Report of the Indian Hemp Drugs Commission, 1894-1895 - Volume V
Year: 1894
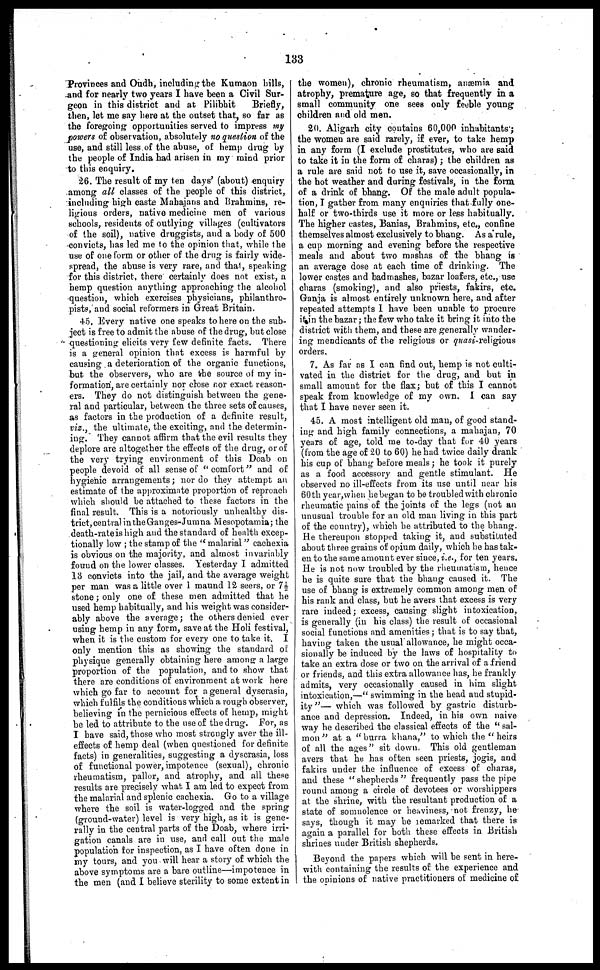
133
Provinces and Oudh, including the Kumaon hills,
and for nearly two years I have been a Civil Sur-
geon in this district and at Pilibhit
Briefly,
then, let me say here at the outset that, so far as
the foregoing opportunities served to impress my
powers of observation, absolutely no question of the
use, and still less of the abuse, of hemp drug by
the people of India had arisen in my mind prior
to this enquiry.
26. The result of my ten days' (about) enquiry
among all classes of the people of this district,
including high caste Mahajans and Brahmins, re-
ligious orders, native medicine men of various
schools, residents of outlying villages (cultivators
of the soil), native druggists, and a body of 500
convicts, has led me to the opinion that, while the
use of one form or other of the drug is fairly wide-
spread, the abuse is very rare, and that, speaking
for this district, there certainly does not exist, a
hemp question anything approaching the alcohol
question, which exercises physicians, philanthro-
pists, and social reformers in Great Britain.
45. Every native one speaks to here on the sub-
ject is free to admit the abuse of the drug, but close
questioning elicits very few definite facts. There
is a general opinion that excess is harmful by
causing a deterioration of the organic functions,
but the observers, who are the source of my in-
formation, are certainly nor close nor exact reason-
ers. They do not distinguish between the gene-
ral and particular, between the three sets of causes,
as factors in the production of a definite result,
viz., the ultimate, the exciting, and the determin-
ing. They cannot affirm that the evil results they
deplore are altogether the effects of the drug, or of
the very trying environment of this Doab on
people devoid of all sense of "comfort" and of
hygienic arrangements; nor do they attempt an
estimate of the approximate proportion of reproach
which should be attached to these factors in the
final result. This is a notoriously unhealthy dis-
trict, central in the Ganges-Jumna Mesopotamia; the
death-rate is high and the standard of health excep-
tionally low; the stamp of the "malarial" cachexia
is obvious on the majority, and almost invariably
found on the lower classes. Yesterday I admitted
13 convicts into the jail, and the average weight
per man was a little over 1 maund 12 seers, or 7½
stone; only one of these men admitted that he
used hemp habitually, and his weight was consider-
ably above the average; the others denied ever
using hemp in any form, save at the Holi festival,
when it is the custom for every one to take it. I
only mention this as showing the standard of
physique generally obtaining here among a large
proportion of the population, and to show that
there are conditions of environment at work here
which so far to account for a general dyserasia,
which fulfils the conditions which a rough observer,
believing in the pernicious effects of hemp, might
be led to attribute to the use of the drug. For, as
I have said, those who most strongly aver the ill-
effects of hemp deal (when questioned for definite
facts) in generalities, suggesting a dyscrasia, loss
of functional power, impotence (sexual), chronic
rheumatism, pallor, and atrophy, and all these
results are precisely what, I am led to expect from
the malarial and splenic cachexia. Go to a village
where the soil is water-logged and the spring
(ground-water) level is very high, as it is gene-
rally in the central parts of the Doab, where irri-
gation canals are in use, and call out the male
population for inspection, as I have often done in
my tours, and you will hear a story of which the
above symptoms are a bare outline—impotence in
the men (and I believe sterility to some extent in
the women), chronic rheumatism, anæmia and
atrophy, premature age, so that frequently in a
small community one sees only feeble young
children and old men.
20. Aligarh city contains 60,000 inhabitants';
the women are said rarely, if ever, to take hemp
in any form (I exclude prostitutes, who are said
to take it in the form of charas); the children as
a rule are said not to use it, save occasionally, in
the hot weather and during festivals, in the form,
of a drink of bhang. Of the male adult popula-
tion, I gather from many enquiries that fully one-
half or two-thirds use it more or less habitually.
The higher castes, Banias, Brahmins, etc., confine
themselves almost exclusively to bhang. As a rule,
a cup morning and evening before the respective
meals and about two mashas of the bhang is
an average dose at each time of drinking. The
lower castes and bad mashes, bazar loafers, etc., use
charas (smoking), and also priests, fakirs, etc.
Ganja is almost entirely unknown here, and after
repeated attempts I have been unable to procure
it in the bazar; the few who take it bring it into the
district with them, and these are generally wander-
ing mendicants of the religious or quasi-religious
orders.
7. As far as I can find out, hemp is not culti-
vated in the district for the drug, and but in
small amount for the flax; but of this I cannot
speak from knowledge of my own. I can say
that I have never seen it.
45. A most intelligent old man, of good stand-
ing and high family connections, a mahajan, 70
years of age, told me to-day that for 40 years
(from the age of 20 to 60) he had twice daily drank
his cup of bhang before meals; he took it purely
as a food accessory and gentle stimulant. He
observed no ill-effects from its use until near his
60th year, when he began to be troubled with chronic
rheumatic pains of the joints of the legs (not an
unusual trouble for an old man living in this part
of the country), which he attributed to the bhang.
He thereupon stopped taking it, and substituted
about three grains of opium daily, which he has tak-
en to the same amount ever since, i.e., for ten years.
He is not now troubled by the rheumatism, hence
he is quite sure that the bhang caused it. The
use of bhang is extremely common among men of
his rank and class, but he avers that excess is very
rare indeed; excess, causing slight intoxication,
is generally (in his class) the result of occasional
social functions and amenities; that is to say that,
having taken the usual allowance, he might occa-
sionally be induced by the laws of hospitality to
take an extra dose or two on the arrival of a friend
or friends, and this extra allowance has, he frankly
admits, very occasionally caused in him slight
intoxication,—"swimming in the head and stupid-
ity"— which was followed by gastric disturb-
ance and depression. Indeed, in his own naive
way he described the classical effects of the "sal-
mon" at a "burra khana," to which the "heirs
of all the ages" sit down. This old gentleman
avers that he has often seen priests, jogis, and
fakirs under the influence of excess of charas,
and these "shepherds" frequently pass the pipe
round among a circle of devotees or worshippers
at the shrine, with the resultant production of a
state of somnolence or heaviness, not frenzy, he
says, though it may be remarked that there is
again a parallel for both these effects in British
shrines under British shepherds.
Beyond the papers which will be sent in here-
with containing the results of the experience and
the opinions of native practitioners of medicine of